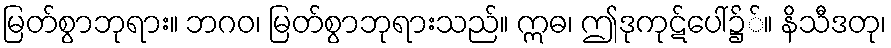
မြတ်စွာဘုရား။ ဘဂဝ၊ မြတ်စွာဘုရားသည်။ ဣဓ၊ ဤဒုကုဋ်ပေါ်၌်။ နိသီဒတု၊